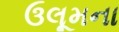
ઉલૂમના